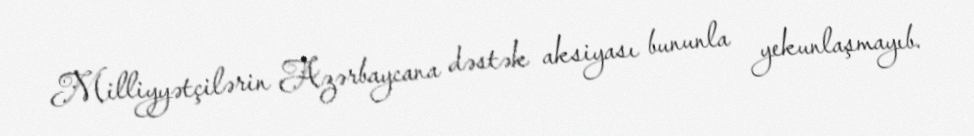
Milliyyətçilərin Azərbaycana dəstək aksiyası bununla yekunlaşmayıb.